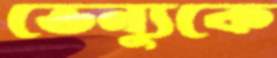
ভেন্যুকে